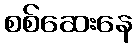
စစ်ဆေးနေ